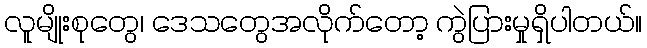
လူမျိုးစုတွေ၊ ဒေသတွေအလိုက်တော့ ကွဲပြားမှုရှိပါတယ်။